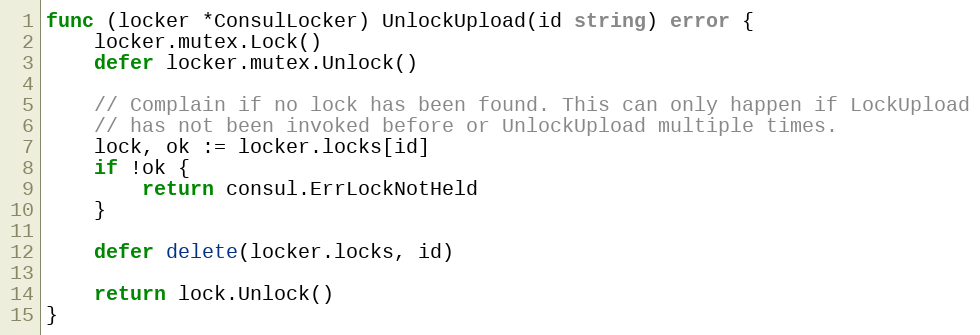
Language: Go
func (locker *ConsulLocker) UnlockUpload(id string) error {
	locker.mutex.Lock()
	defer locker.mutex.Unlock()

	// Complain if no lock has been found. This can only happen if LockUpload
	// has not been invoked before or UnlockUpload multiple times.
	lock, ok := locker.locks[id]
	if !ok {
		return consul.ErrLockNotHeld
	}

	defer delete(locker.locks, id)

	return lock.Unlock()
}